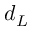
d _ { L }